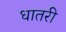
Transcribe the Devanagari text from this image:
धातरी